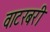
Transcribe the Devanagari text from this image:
वाटरबरी